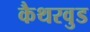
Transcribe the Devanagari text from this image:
कैथरवुड